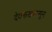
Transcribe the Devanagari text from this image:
देवरूखपासून